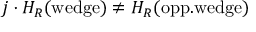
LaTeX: j \cdot { \cal H } _ { R } ( \mathrm { w e d g e } ) \not = { \cal H } _ { R } ( \mathrm { o p p . w e d g e } )